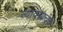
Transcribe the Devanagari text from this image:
न्यावयाचेच